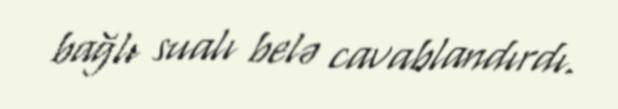
bağlı sualı belə cavablandırdı.